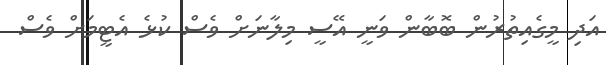
އަދި މީގެއިތުރުން ބޮބާން ވަނީ އޭސީ މިލާނަށް ވެސް ކުޅެ އެޓީމަށް ވެސް